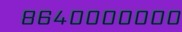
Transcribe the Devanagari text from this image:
८६४०००००००